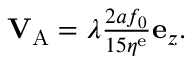
\begin{array} { r } { \mathbf { V } _ { \mathrm { A } } = \lambda \frac { 2 a f _ { 0 } } { 1 5 \eta ^ { \mathrm { e } } } \mathbf { e } _ { z } . } \end{array}